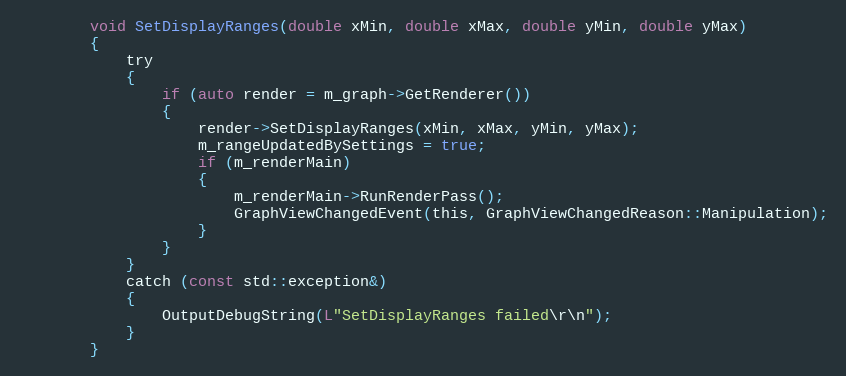
Language: C
        void SetDisplayRanges(double xMin, double xMax, double yMin, double yMax)
        {
            try
            {
                if (auto render = m_graph->GetRenderer())
                {
                    render->SetDisplayRanges(xMin, xMax, yMin, yMax);
                    m_rangeUpdatedBySettings = true;
                    if (m_renderMain)
                    {
                        m_renderMain->RunRenderPass();
                        GraphViewChangedEvent(this, GraphViewChangedReason::Manipulation);
                    }
                }
            }
            catch (const std::exception&)
            {
                OutputDebugString(L"SetDisplayRanges failed\r\n");
            }
        }